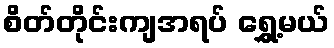
စိတ်တိုင်းကျအရပ် ရွှေ့မယ်